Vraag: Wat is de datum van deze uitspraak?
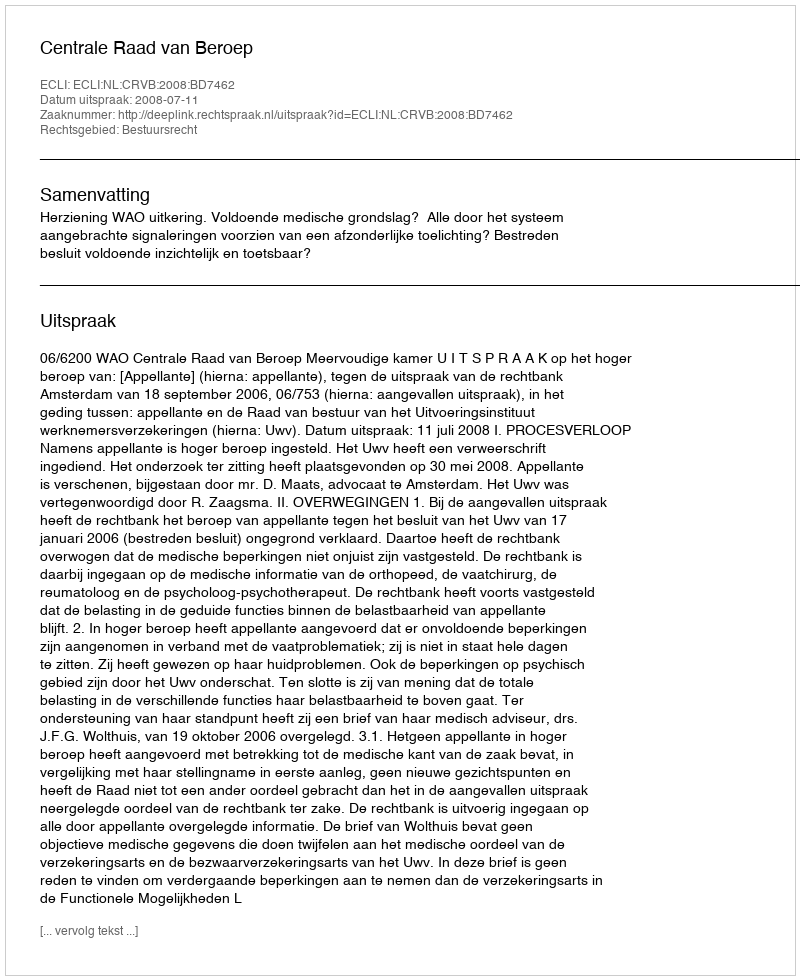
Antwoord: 2008-07-11